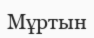
Мұртын